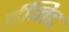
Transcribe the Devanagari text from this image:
ईनिद